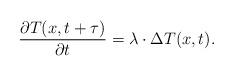
LaTeX: \begin{align*}\frac{{\partial T(x,t + \tau )}}{{\partial t}} = \lambda \cdot \Delta T(x,t).\end{align*}